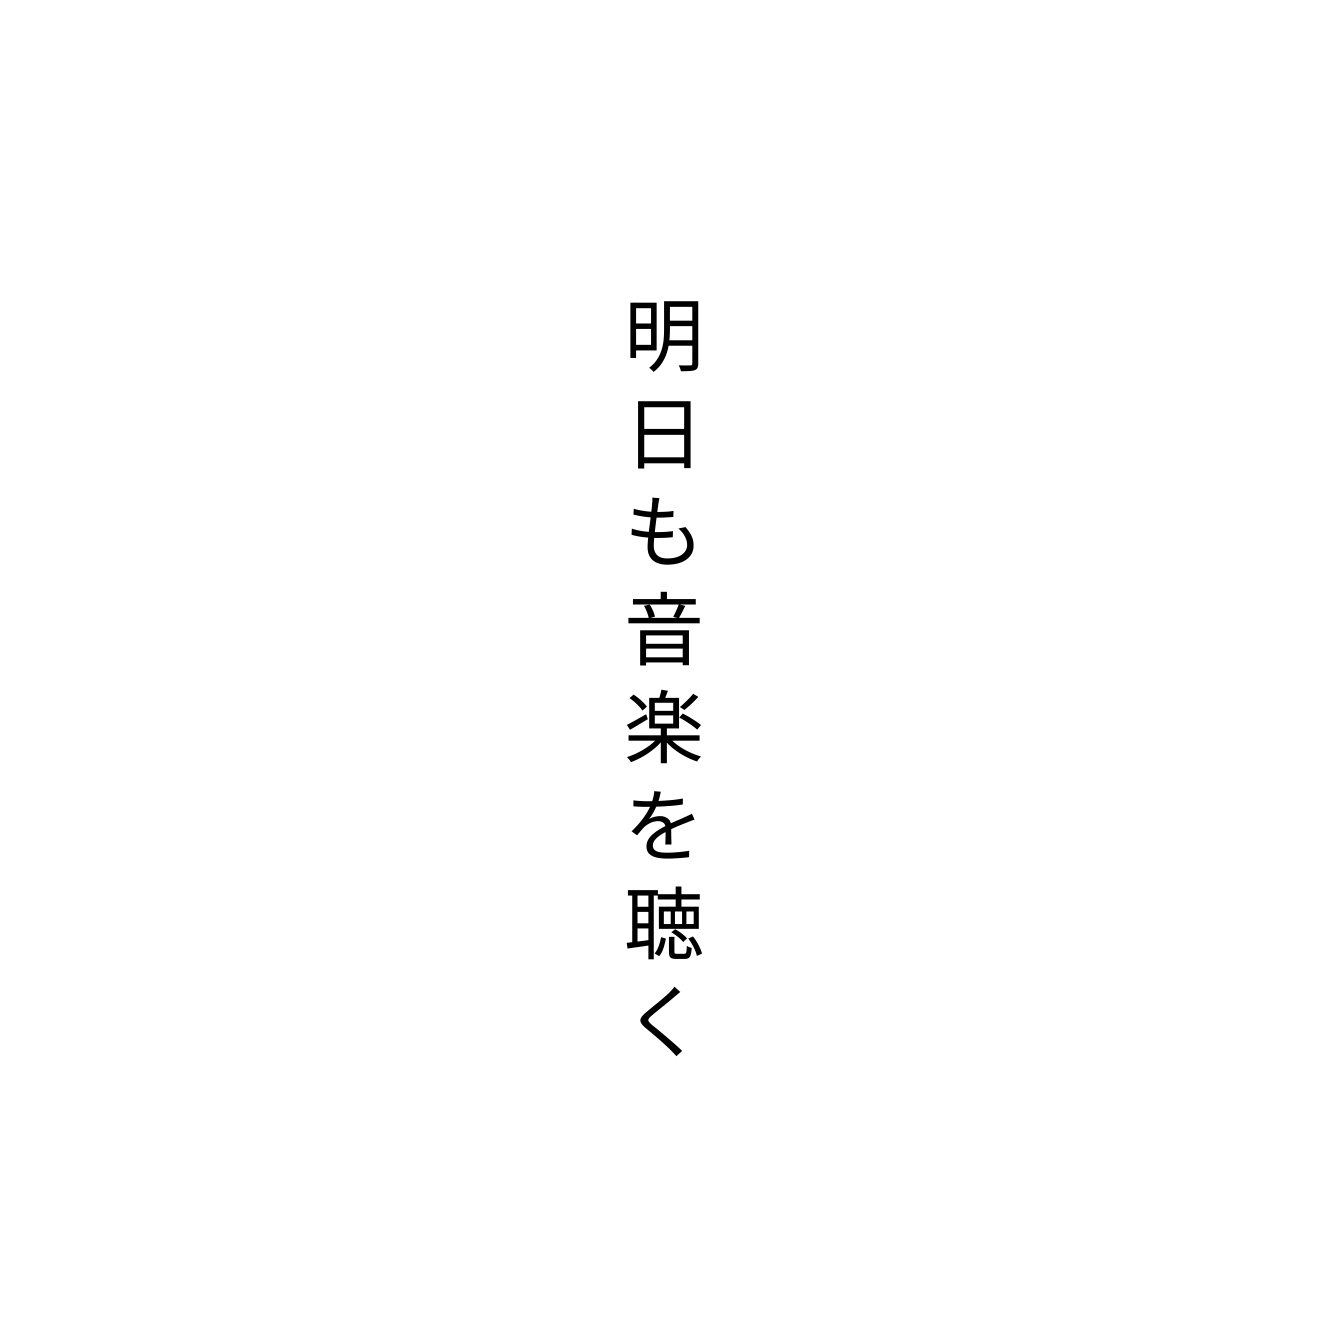
明日も音楽を聴く